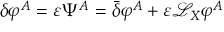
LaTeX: \delta \varphi ^ { A } = \varepsilon \Psi ^ { A } = { \bar { \delta } } \varphi ^ { A } + \varepsilon { \mathcal { L } } _ { X } \varphi ^ { A }